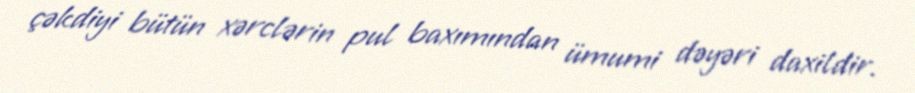
çəkdiyi bütün xərclərin pul baxımından ümumi dəyəri daxildir.